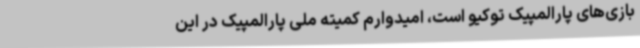
بازی‌های پارالمپیک توکیو است، امیدوارم کمیته ملی پارالمپیک در این